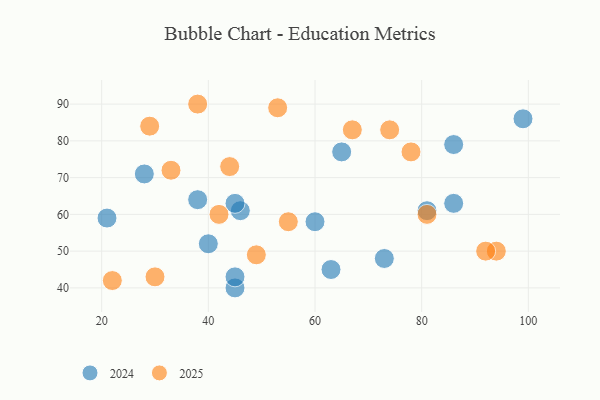
{"axis": {"x": "GDP", "y": "Life Expectancy"}, "legend": ["2024", "2025"], "data": [{"x": "60", "y": 58, "type": "2024"}, {"x": "45", "y": 40, "type": "2024"}, {"x": "86", "y": 63, "type": "2024"}, {"x": "40", "y": 52, "type": "2024"}, {"x": "63", "y": 45, "type": "2024"}, {"x": "21", "y": 59, "type": "2024"}, {"x": "45", "y": 43, "type": "2024"}, {"x": "38", "y": 64, "type": "2024"}, {"x": "73", "y": 48, "type": "2024"}, {"x": "46", "y": 61, "type": "2024"}, {"x": "45", "y": 63, "type": "2024"}, {"x": "81", "y": 61, "type": "2024"}, {"x": "99", "y": 86, "type": "2024"}, {"x": "65", "y": 77, "type": "2024"}, {"x": "28", "y": 71, "type": "2024"}, {"x": "86", "y": 79, "type": "2024"}, {"x": "55", "y": 58, "type": "2025"}, {"x": "44", "y": 73, "type": "2025"}, {"x": "38", "y": 90, "type": "2025"}, {"x": "94", "y": 50, "type": "2025"}, {"x": "53", "y": 89, "type": "2025"}, {"x": "74", "y": 83, "type": "2025"}, {"x": "29", "y": 84, "type": "2025"}, {"x": "78", "y": 77, "type": "2025"}, {"x": "49", "y": 49, "type": "2025"}, {"x": "33", "y": 72, "type": "2025"}, {"x": "67", "y": 83, "type": "2025"}, {"x": "22", "y": 42, "type": "2025"}, {"x": "30", "y": 43, "type": "2025"}, {"x": "42", "y": 60, "type": "2025"}, {"x": "92", "y": 50, "type": "2025"}, {"x": "81", "y": 60, "type": "2025"}]}